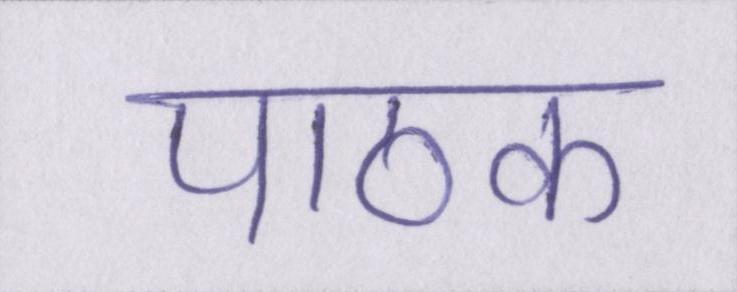
पाठक